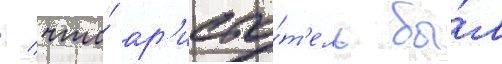
/ что́ ар'исто́т'ель бы́л